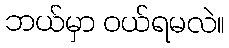
ဘယ်မှာ ဝယ်ရမလဲ။